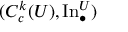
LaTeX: ( C _ { c } ^ { k } ( U ) , \operatorname { I n } _ { \bullet } ^ { U } )